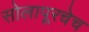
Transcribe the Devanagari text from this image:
सोलापूरचेच